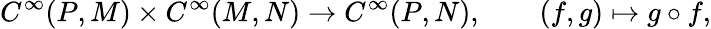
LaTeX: C^{\infty}(P,M)\times C^{\infty}(M,N)\to C^{\infty}(P,N),\qquad(f,g)\mapsto g\circ f,